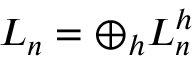
L _ { n } = \displaystyle \oplus _ { h } L _ { n } ^ { h }